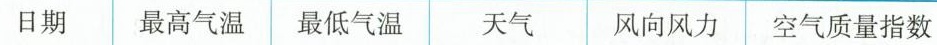
日期 最高气温 最低气温 天气 风向风力 空气质量指数